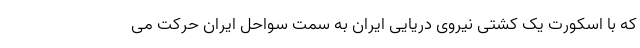
که با اسکورت یک کشتی نیروی دریایی ایران به سمت سواحل ایران حرکت می